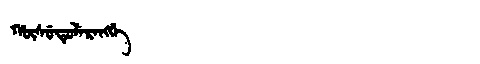
Manchu: ᡥᡡᠰᡠᡨᡠᠯᡝᡵᠠᠩᡤᡝ
Romanization: HŪSUTULERANGGE